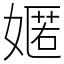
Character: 嫟